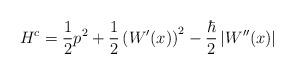
LaTeX: \begin{align*}H^c=\frac{1}{2}p^2+\frac{1}{2}\left(W'(x)\right)^2-\frac{\hbar}{2}\left|W''(x)\right|\end{align*}